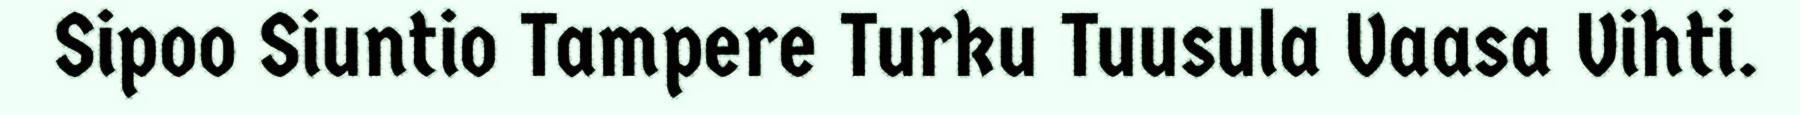
Sipoo Siuntio Tampere Turku Tuusula Vaasa Vihti.